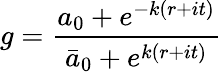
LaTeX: g={\frac{a_{0}+e^{-k(r+it)}}{\bar{a}_{0}+e^{k(r+it)}}}